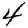
Digit: 4